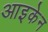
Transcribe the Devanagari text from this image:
आइकेन